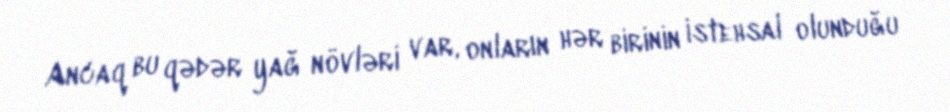
Ancaq bu qədər yağ növləri var, onların hər birinin istehsal olunduğu